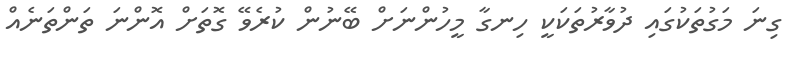
ގިނަ މަގުތަކުގައި ދުވާރުތަކަކީ ހިނގާ މީހުންނަށް ބޭނުން ކުރެވޭ ގޮތަށް އޮންނަ ތަންތަނެއް